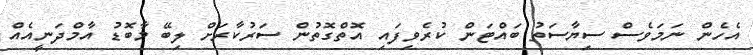
އެހެން ނަމަވެސް ސިޔާސަތު ބައްޓަން ކުރެވިފައި އޮތްގޮތުން ސަރުކާރަށް ލިބޭ މާބޮޑު އާމްދަނީއެއް